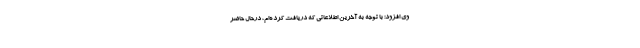
وی افزود: با توجه به آخرین اطلاعاتی که دریافت کرده‌ام، درحال حاضر